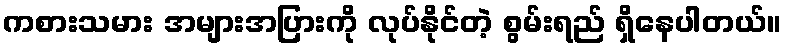
ကစားသမား အများအပြားကို လုပ်နိုင်တဲ့ စွမ်းရည် ရှိနေပါတယ်။